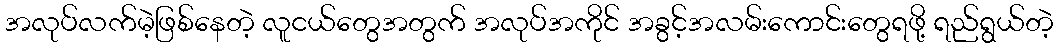
အလုပ်လက်မဲ့ဖြစ်နေတဲ့ လူငယ်တွေအတွက် အလုပ်အကိုင် အခွင့်အလမ်းကောင်းတွေရဖို့ ရည်ရွယ်တဲ့